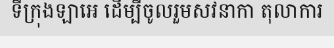
ទីក្រុងឡាអេ ដើម្បីចូលរួមសវនាកា តុលាការ